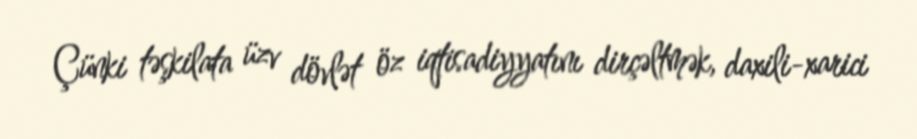
Çünki təşkilata üzv dövlət öz iqtisadiyyatını dirçəltmək, daxili-xarici